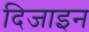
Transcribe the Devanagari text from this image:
दिजाइन